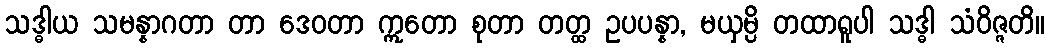
သဒ္ဓါယ သမန္နာဂတာ တာ ဒေဝတာ ဣတော စုတာ တတ္ထ ဥပပန္နာ, မယှမ္ပိ တထာရူပါ သဒ္ဓါ သံဝိဇ္ဇတိ။